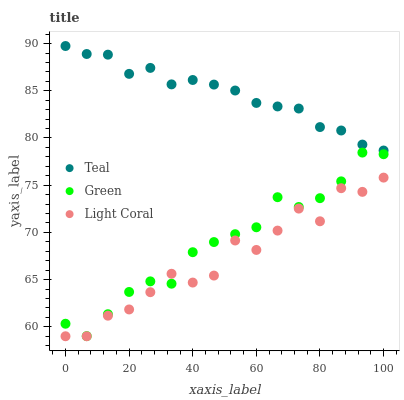
| xaxis_label | Teal | Green | Light Coral |
 | --- | --- | --- | --- |
 | 0 | 89.7 | 60.3 | 59 |
 | 6.67 | 88.9 | 59 | 59 |
 | 13.3 | 88.8 | 61.3 | 61.2 |
 | 20 | 86.8 | 63.7 | 61.8 |
 | 26.7 | 87.4 | 64.8 | 63.7 |
 | 33.3 | 85.7 | 64.6 | 65.6 |
 | 40 | 86.1 | 67.9 | 64.7 |
 | 46.7 | 85.7 | 69 | 65.4 |
 | 53.3 | 85 | 69.8 | 69.1 |
 | 60 | 83.7 | 70.5 | 68.1 |
 | 66.7 | 83.3 | 73.7 | 70.2 |
 | 73.3 | 83.1 | 72.7 | 72.5 |
 | 80 | 81.2 | 73.6 | 71.2 |
 | 86.7 | 80.8 | 75.4 | 74.7 |
 | 93.3 | 79.3 | 78.5 | 74.3 |
 | 100 | 78.7 | 78.3 | 75.8 |